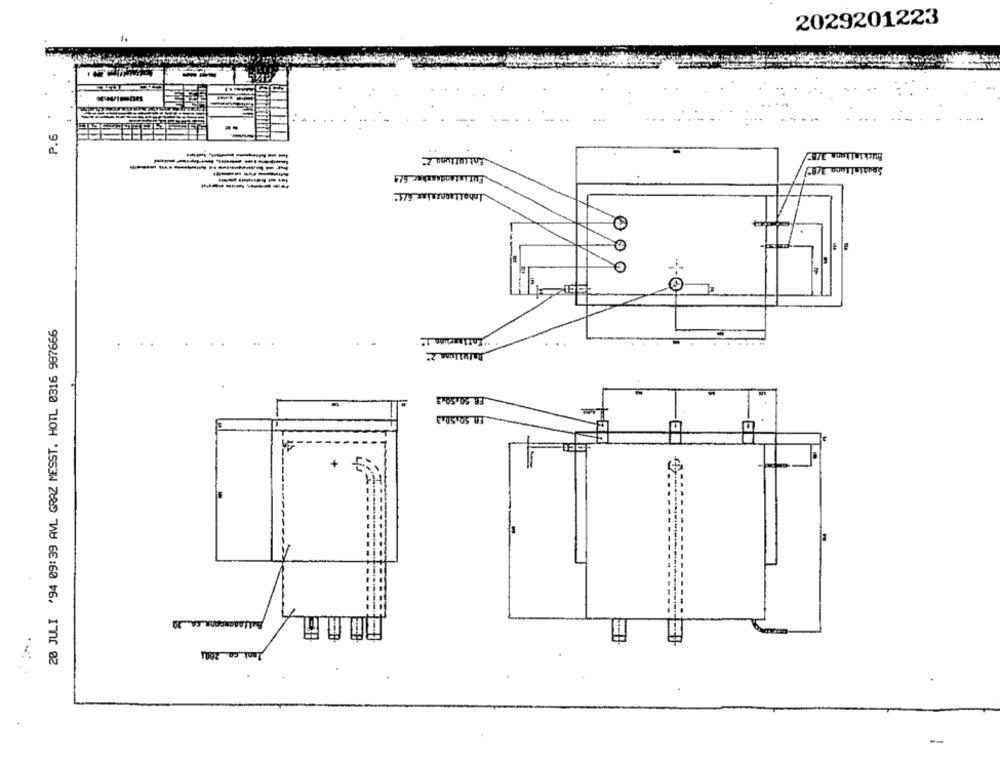
2029201223
--
.
Fut ist Rodaszhor 6/4
---
20 JULI '94 09:39 AVL GRAZ MESST. HOTL 0316 987666
FR 50.50x3
+
Jant ,co 2001
-